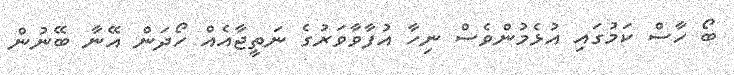
ބޯ ހާސް ކަމުގައި އުޅެމުންވެސް ނިހާ އުފާވާވަރުގެ ނަތީޖާއެއް ހޯދަން އޭނާ ބޭނުން